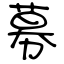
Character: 募